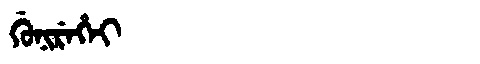
Manchu: ᡤᡠᠨᡳᡵᡝᡥᡝᡳ
Romanization: GUNIREHEI